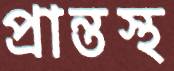
প্রান্তস্থ